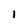
Character: i